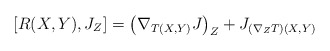
\begin{align*}[R(X,Y), J_Z] = \left(\nabla_{T(X,Y)} J \right)_Z + J_{ (\nabla_Z T) (X,Y)}\end{align*}